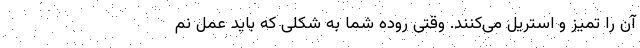
آن را تمیز و استریل می‌کنند. وقتی روده شما به شکلی که باید عمل نم